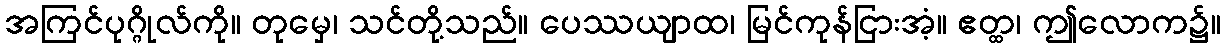
အကြင်ပုဂ္ဂိုလ်ကို။ တုမှေ၊ သင်တို့သည်။ ပေဿယျာထ၊ မြင်ကုန်ငြားအံ့။ ဧတ္ထ၊ ဤလောက၌။